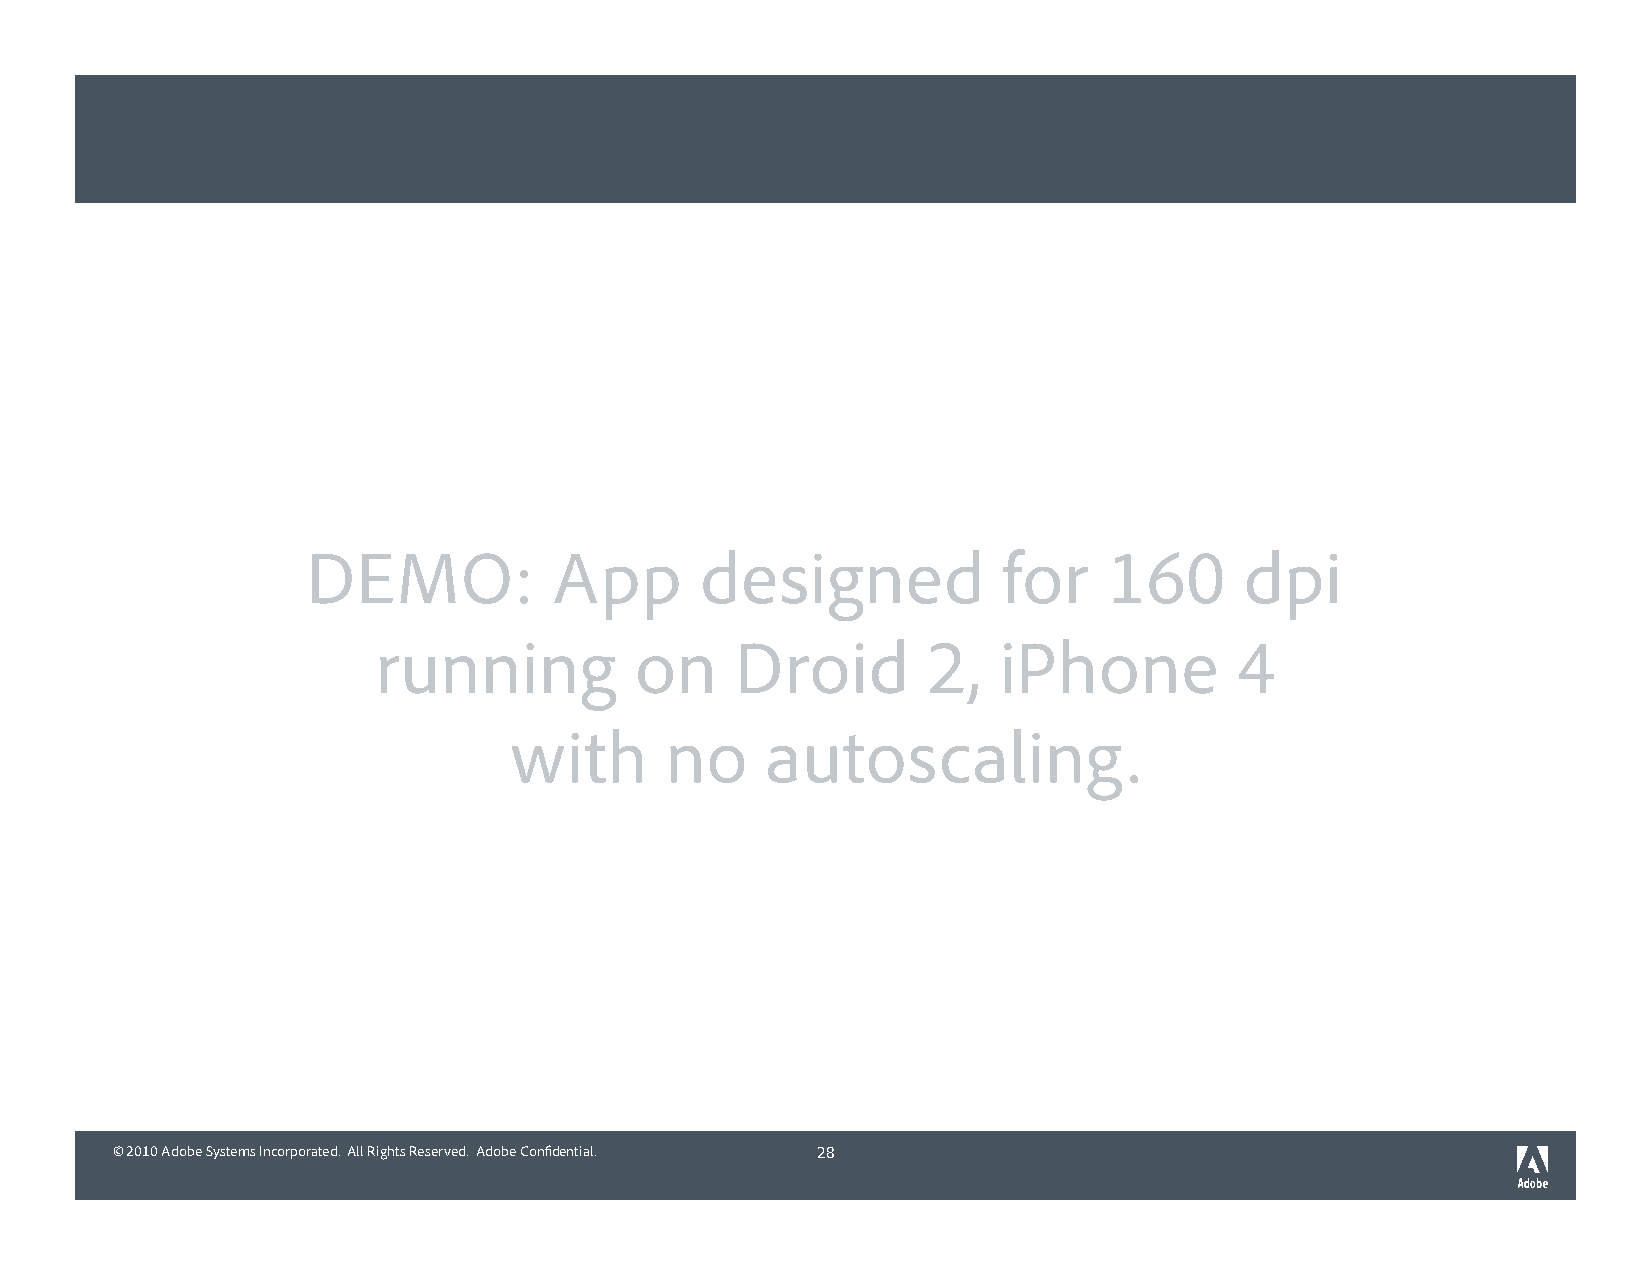
DEMO:            App      designed            for    160      dpi
 running          on     Droid       2,   iPhone          4
 with      no     autoscaling.
 © 2010 Adobe Systems Incorporated. All Rights Reserved. Adobe Confidential. 28